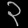
Digit: ၃